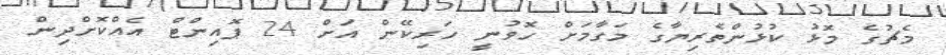
މެޗުގެ މޮޅު ކުޅުންތެރިޔާގެ މަގާމަށް ހޮވުނީ ހަރިކޭން އަށް 24 ޕޮއިންޓް އެއްކޮށްދިން